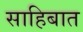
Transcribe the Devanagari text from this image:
साहिबात